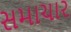
સમાચાર